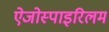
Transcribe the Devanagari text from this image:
ऐजोस्पाइरिलम